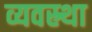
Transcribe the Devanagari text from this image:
व्यवस्र्था